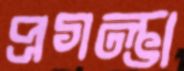
প্রগল্ভা